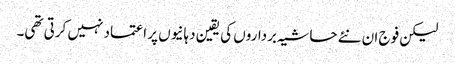
لیکن فوج ان نئے حاشیہ برداروں کی یقین دہانیوں پر اعتماد نہیں کرتی تھی۔